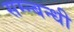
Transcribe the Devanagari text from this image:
सम्न्बन्धी